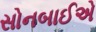
સોનબાઈએ